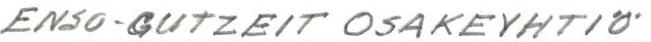
ENSO-GUTZEIT OSAKEYHTIÖ